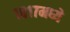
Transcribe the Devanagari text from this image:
१८१७मध्ये